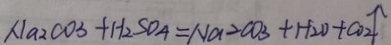
N a _ { 2 } C O 3 + H _ { 2 } S O _ { 4 } = N a 2 C O _ { 3 } + H _ { 2 } O + C O _ { 2 } \uparrow